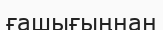
ғашығыңнан